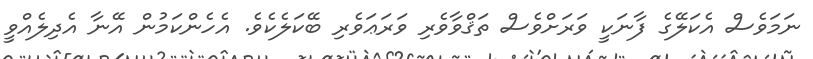
ނަމަވެސް އެކަލޭގެ ފާނަކީ ވަރަށްވެސް ތަޤްވާވެރި ވަރަޢަވެރި ބޭކަލެކެވެ. އެހެންކަމުން އޭނާ އެދިލެއްވީ